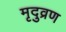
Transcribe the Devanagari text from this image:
मृदुव्रण